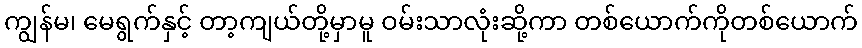
ကျွန်မ၊ မေရွက်နှင့် တာ့ကျယ်တို့မှာမူ ဝမ်းသာလုံးဆို့ကာ တစ်ယောက်ကိုတစ်ယောက်